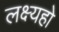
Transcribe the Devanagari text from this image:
लक्ष्यहो